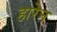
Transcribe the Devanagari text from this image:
हारेन